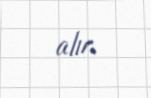
alır.